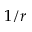
1 / r